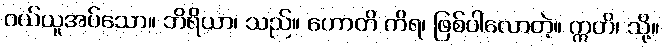
ဝယ်ယူအပ်သော။ ဘိရိယာ၊ သည်။ ဟောတိ ကိရ၊ ဖြစ်ပါလောတဲ့။ ဣတိ၊ သို့။